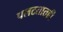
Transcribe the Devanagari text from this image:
पलटतातही